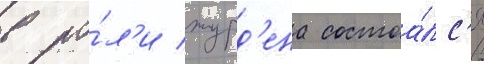
в ро́л'и журд'ена состоа́лс'я